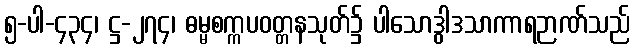
၅-ပါ-၄၃၄၊ ဋ္ဌ-၂၇၄၊ ဓမ္မစက္ကပဝတ္တနသုတ်၌ ပါသောဒွါဒသာကာရဉာဏ်သည်